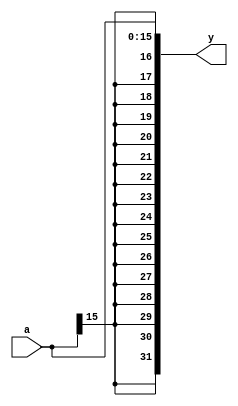
module signext (
    input [15:0] a,
    output [31:0] y
);

assign y = {{16{a[15]}}, a};

endmodule